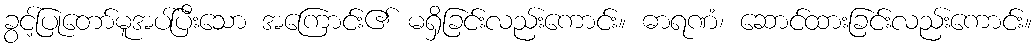
ခွင့်ပြုတော်မူအပ်ပြီးသော အကြောင်း၏ မရှိခြင်းလည်းကောင်း။ ဓာရဏံ၊ ဆောင်ထားခြင်းလည်းကောင်း။